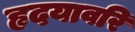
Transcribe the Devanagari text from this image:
हृदयावरि